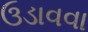
ઉડાવવા